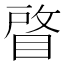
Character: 䁈